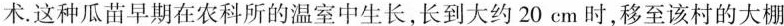
术。这种瓜苗早期在农科所的温室中生长，长到大约20cm时，移至该村的大棚